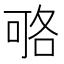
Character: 𠶱